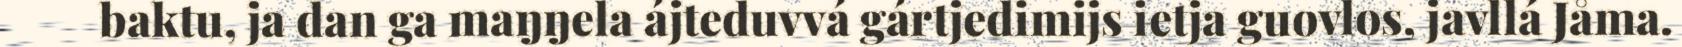
baktu, ja dan ga maŋŋela ájteduvvá gártjedimijs ietja guovlos, javllá Jåma.